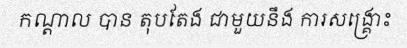
កណ្តាល បាន តុបតែង ជាមួយនឹង ការសង្គ្រោះ